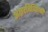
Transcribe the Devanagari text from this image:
अक्षरतिब्लिसी